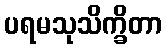
ပရမသုသိက္ခိတာ